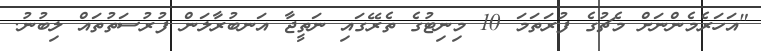
"އަހަރެމެންނަށް މެޗުގެ ފުރަތަމަ 10 މިނިޓުގެ ތެރޭގައި ނަތީޖާ އަނބުރާލަން ފުރުސަތުތައް ލިބުނު.